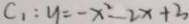
C _ { 1 } : y = - x ^ { 2 } - 2 x + 3